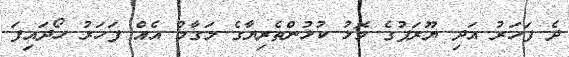
ދެ ފަހަރު އަދި ޔޫރަޕުގެ މޮޅު ކުޅުންތެރިޔާގެ މަގާމް އެއް ފަހަރު ހޯދައިފަ